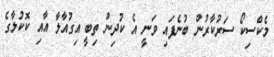
މެކްސިކޯ ސަރުކާރުން ބުނެފައި ވަނީ އެ ކުދިން ތިބީ އިގުއާލާ އާއި ކޮކުލާގެ